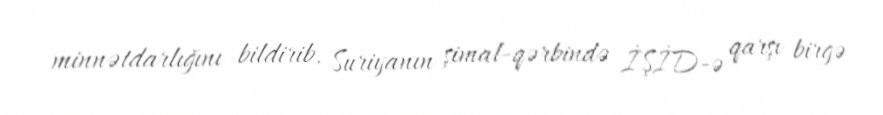
minnətdarlığını bildirib, Suriyanın şimal-qərbində İŞİD-ə qarşı birgə